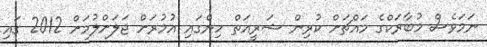
ނަމަވެސް މުބާރަކްގެ މައްޗަށް ކުރިން ޝަރީއަތް ހިންގައި އުމުރަށް ޖަލަށްލުމަށް 2012 ގައި